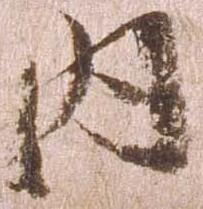
内